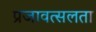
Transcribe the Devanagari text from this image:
प्रजावत्सलता